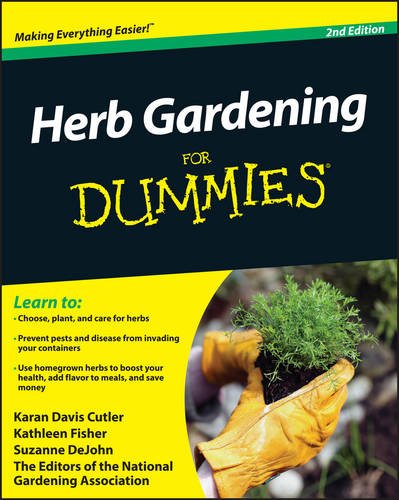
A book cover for Herb Gardening For Dummies; Karan Davis Cutler; Crafts, Hobbies & Home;